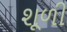
શૂળી